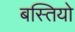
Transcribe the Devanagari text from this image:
बस्‍तियो